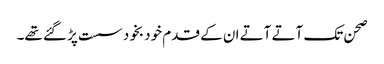
صحن تک آتے آتے ان کے قدم خود بخود سست پڑ گئے تھے۔